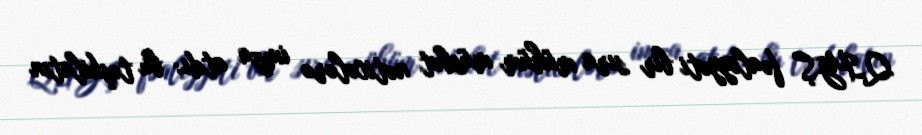
QİYŞ fəaliyyəti bir sıra mühüm müsbət nəticələrə imza atdı: bu təşkilatın